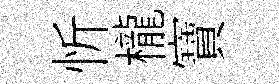
忻櫳寶